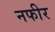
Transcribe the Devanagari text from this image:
नफीर